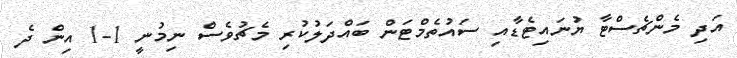
އަދި މެންޗެސްޓާ ޔުނައިޓެޑާއި ސައުތެމްޓަން ބައްދަލުކުރި މެޗުވެސް ނިމުނީ 1-1 އިން ދެ